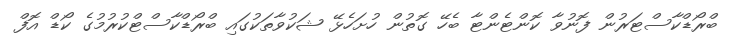
ބްރޯޑްކާސްޓަރުން ފޮނުވާ ކޮންޓެންޓާ ބެހޭ ގޮތުން ހުށަހެޅޭ ޝަކުވާތަކުގައި ބްރޯޑްކާސްޓްކުރުމުގެ ކޯޑް އޮފް